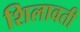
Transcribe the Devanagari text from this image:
शिलावती